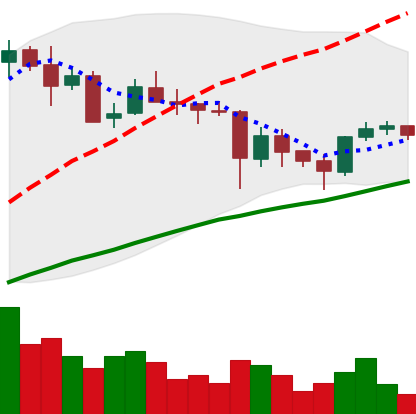
Ticker: ETC-USD
Chart end date: 2021-05-27
Forward return: -8.773%
Label: down_7plus